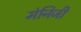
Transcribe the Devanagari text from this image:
मेनिजी